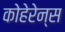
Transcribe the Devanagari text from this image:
कोहेरेन्स